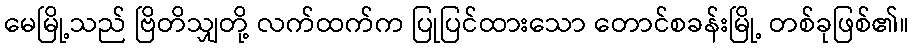
မေမြို့သည် ဗြိတိသျှတို့ လက်ထက်က ပြုပြင်ထားသော တောင်စခန်းမြို့ တစ်ခုဖြစ်၏။